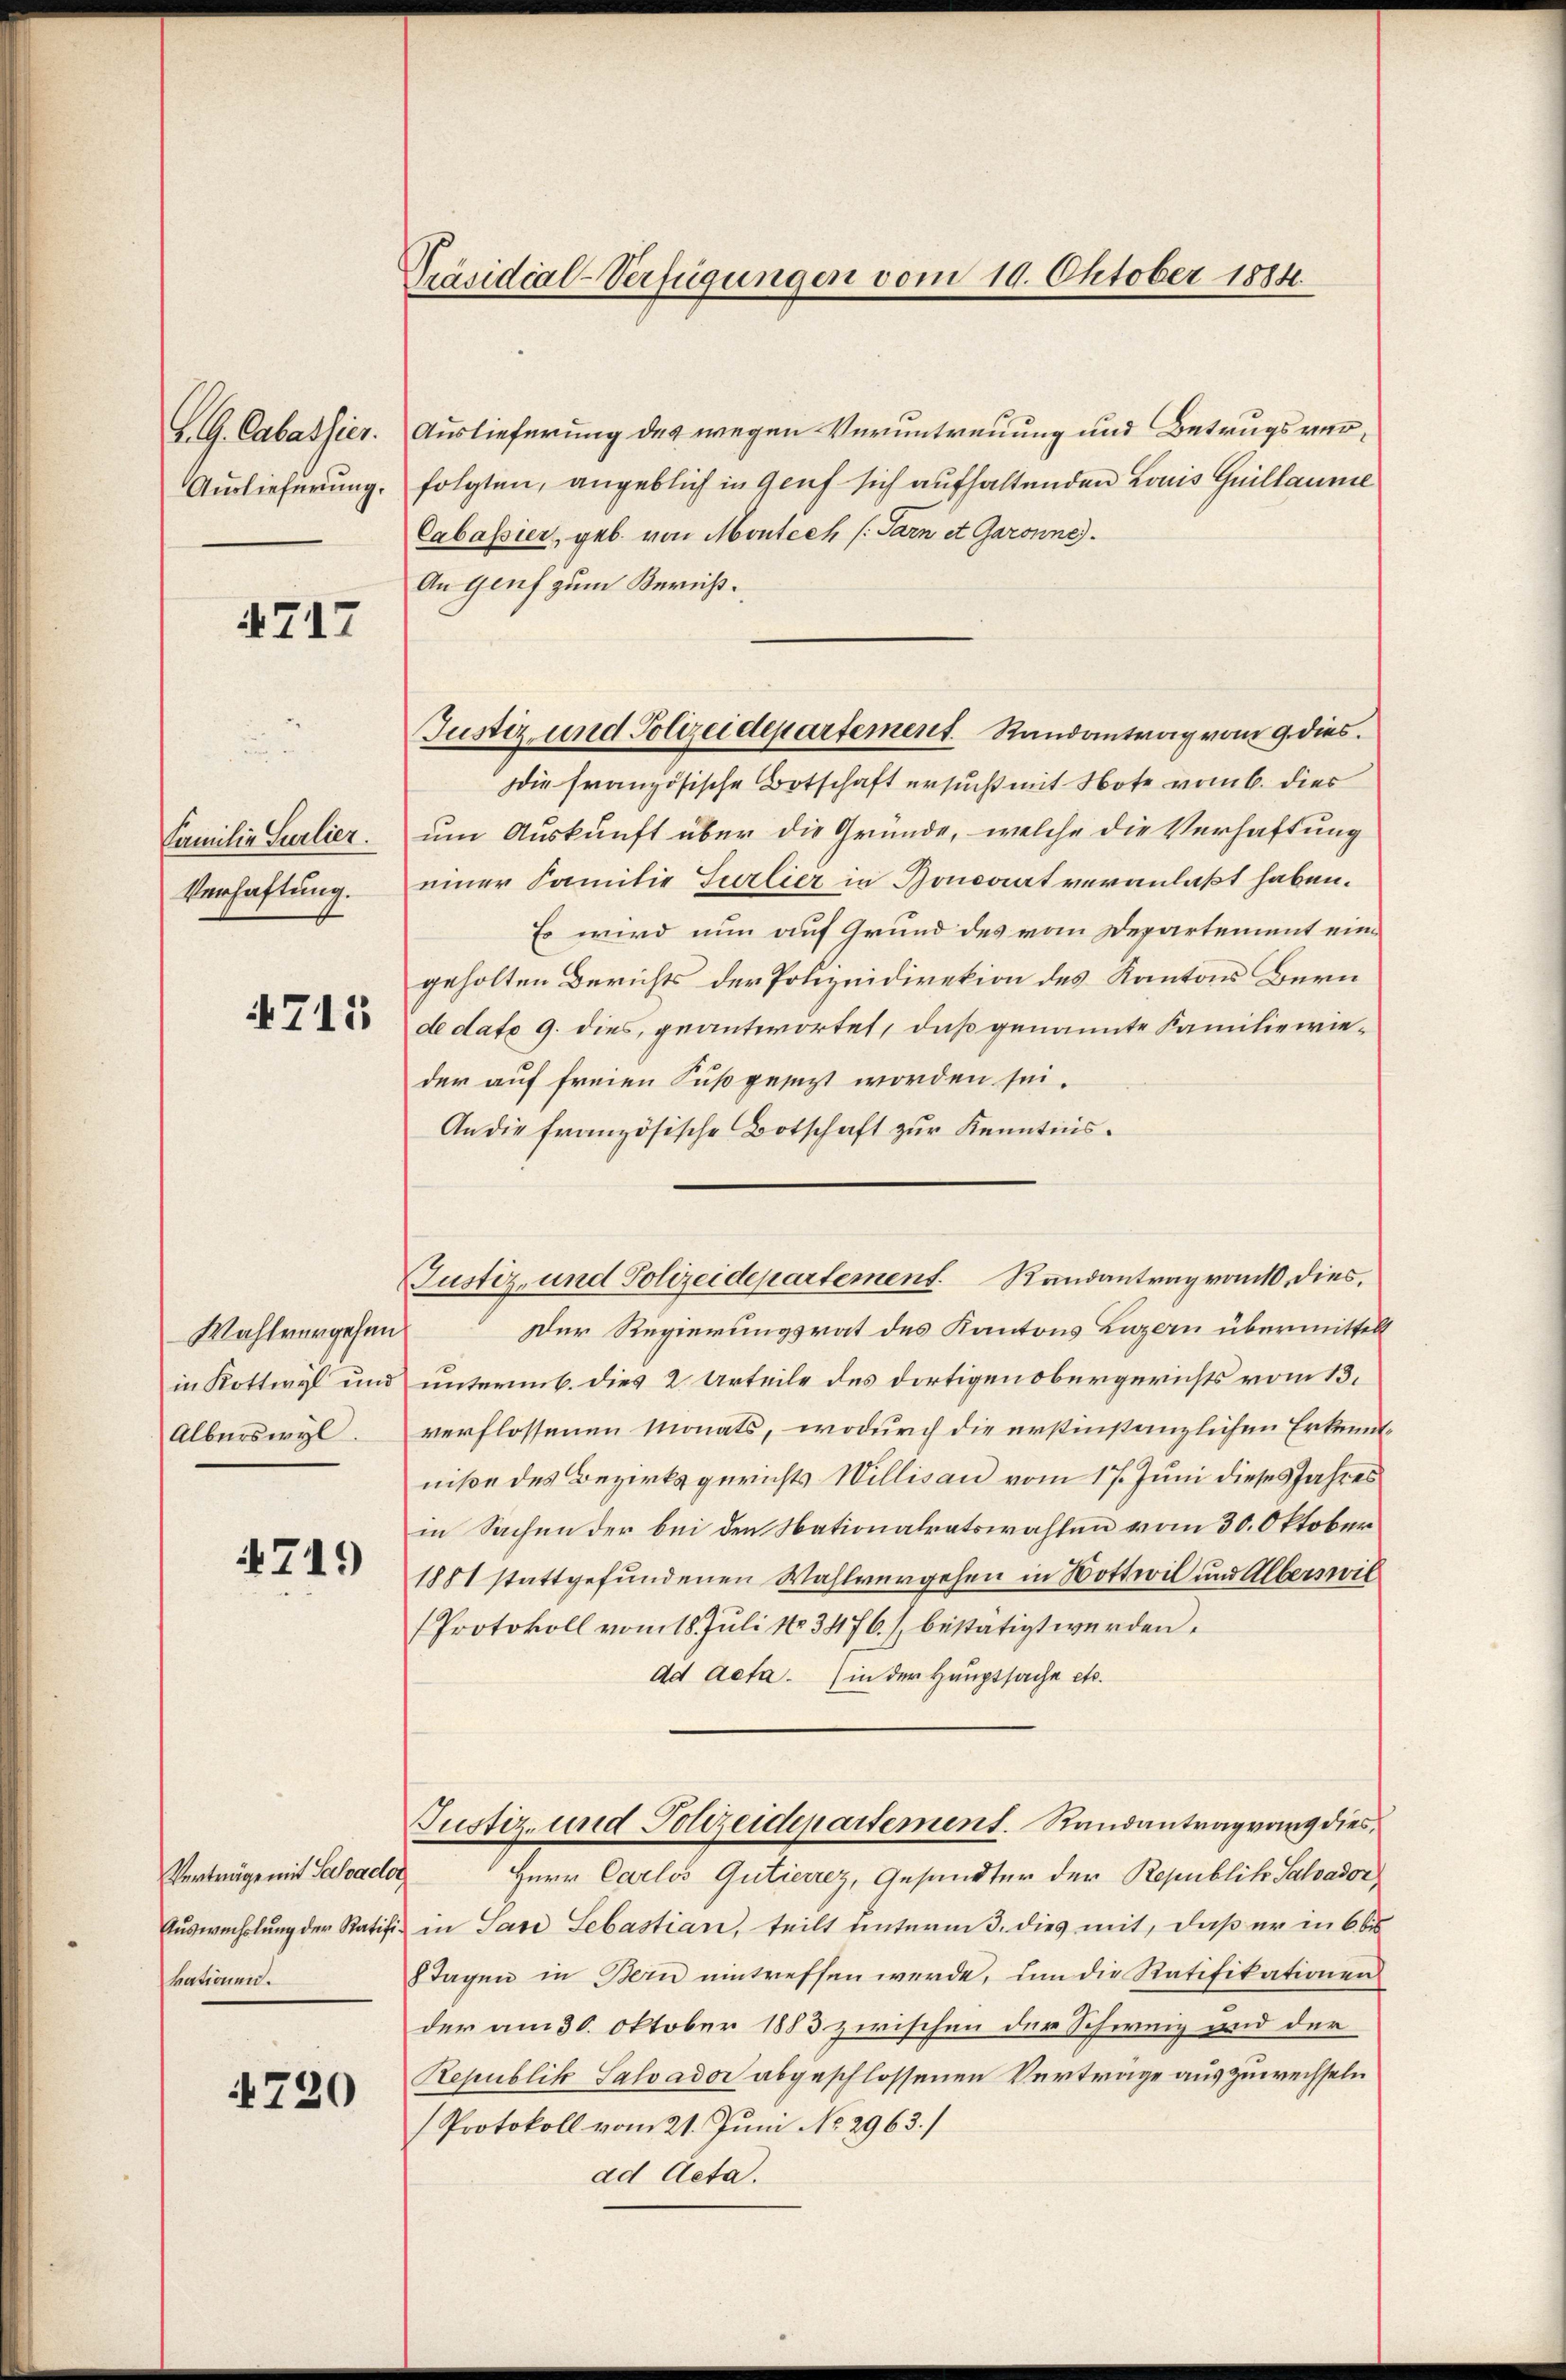
.G. Anlasses.
Auslieferung.

4717

Familie Surlier.
Verhaftung.

4715

Wahlvergehen
in Kottwyl und
Alberswyl

4719)

Verträge mit Schade
Auswechslung der Ratif
kationen.

4720

Präsidial-Verfügungen vom 19. Oktober 1884.

Auslieferung des wegen Veruntreuung und Betrugsverfolgten, angeblich in Genf sich aufhaltenden Louis Guillaume
Cabassier, geb. von Montech (Sarn et Garonne.
An Genf zum Bericht.
Die französische Botschaft ersucht mit Note vom 6. dies
um Auskunft über die Gründe, welche die Verhaftung
einer Familie Turlier in Honorat veranlaßt haben.
Es wird nun auf Grund des vom Departement eingeholten Berichts der Polizeidirekion des Kantons Bern
de dato 9. dies, geantwortet, daß genannte Familie wieder auf freien Fuß gesezt worden sei.
An die französische Botschaft zur Kenntnis.
Der Regierungsrat des Kantons Luzern übermittelt
unteremb. dies 2 Urteile des dortigen obergerichts vom 13.
verflossenen Monats, wodurch die erstinstanzlichen Erkenntniße des Bezirksgerichts Willisau vom 17. Juni dieses Jahres
in Sachen der bei den Nationalratswahlen vom 30. Oktober
1881 stattgefundenen Wahlvergehen in Bottwil und Alberswil
Protokoll vom 18. Juli No 3476. / bestätigt werden.
ad acta. (in der Hauptsache etc.
Justiz- und Polizeidepartement. Randantragung dies
i
Herr Carlos Gutierrez, Gesandter der Republik Salvador
in Pare Sebastian, teilt unterm 3. dies mit, daß er in 6 b
8Tagen in Bern eintreffen werde, um die Ratifikationen
der am 30. Oktober 1883 zwischen der Schweiz und der
Republik Salvador abgeschlossenen Vertrage auszuwechseln
Protokoll vom 21. Juni No 2963.)
ad Acta.

Justiz und Polizeidepartement Randantrag vom 9. dies

Justiz- und Polizeidepartement Randantrag von dies,